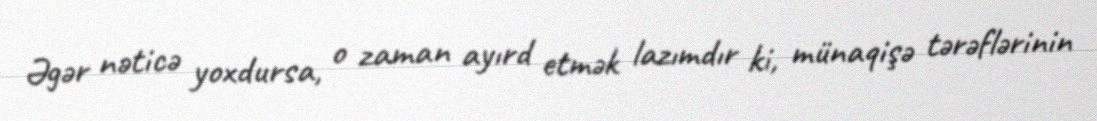
Əgər nəticə yoxdursa, o zaman ayırd etmək lazımdır ki, münaqişə tərəflərinin